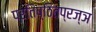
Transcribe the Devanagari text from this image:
प्रतिष्ठितप्रज्ञ